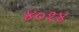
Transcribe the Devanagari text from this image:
४०१४